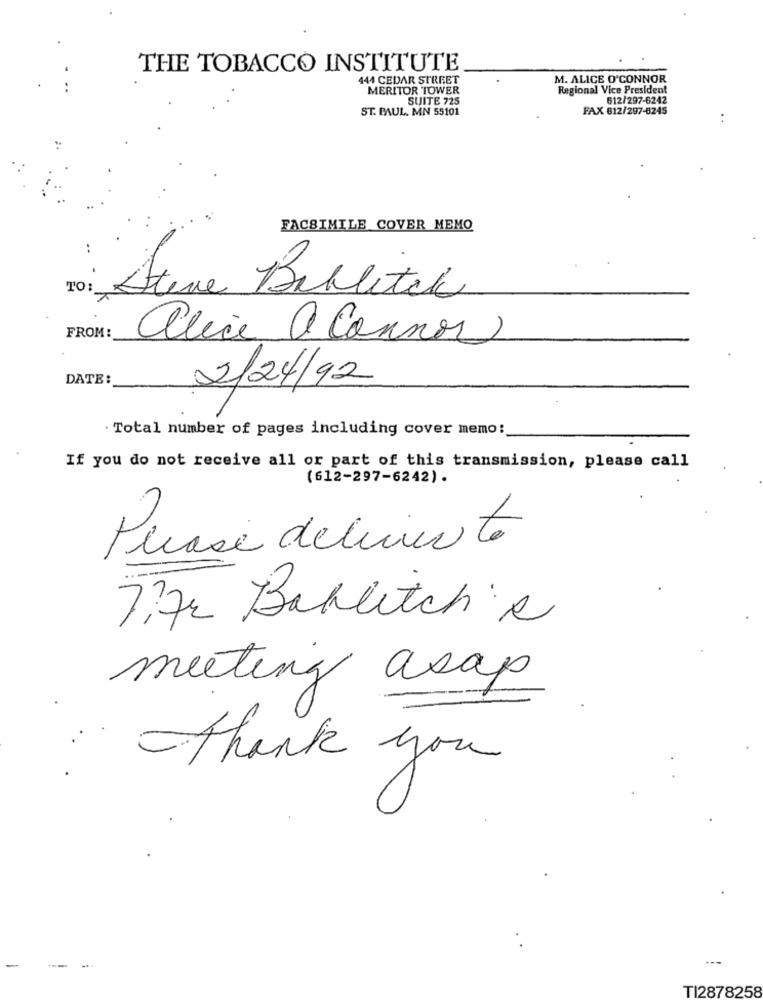
THE TOBACCO INSTITUTE
444 CEDAR STREET
M. ALICE O'CONNOR
MERITOR TOWER
Regional Vice President
SUITE 725
612/297-6242
ST. PAUL. MN 55101
FAX 612/297-8245
..
FACSIMILE COVER MEMO
TO:
Steve Ballitek
FROM:
alice a Connor
DATE:
2/24/92
· Total number of pages including cover memo:
If you do not receive all or part of this transmission, please call
(612-297-6242).
Please deliver to
7:72 Balletch R
meeting asap
thank you
---
-
...
TI2878258